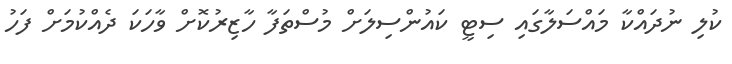
ކުލި ނުދައްކާ މައްސަލާގައި ސިޓީ ކައުންސިލަށް މުސްތަފާ ހާޒިރުކޮށް ވާހަކަ ދެއްކުމަށް ފަހު